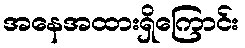
အနေအထားရှိကြောင်း